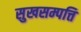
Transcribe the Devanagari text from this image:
सुखसम्पत्ति